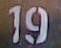
19